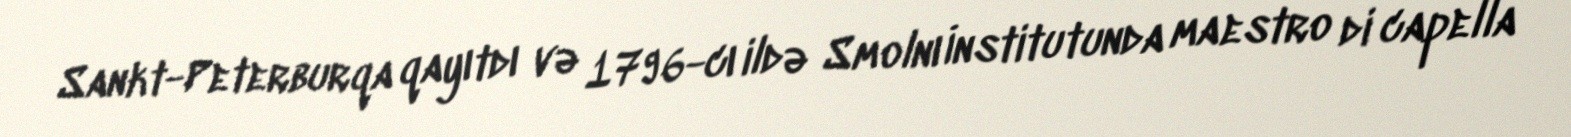
Sankt-Peterburqa qayıtdı və 1796-cı ildə Smolnı İnstitutunda maestro di capella